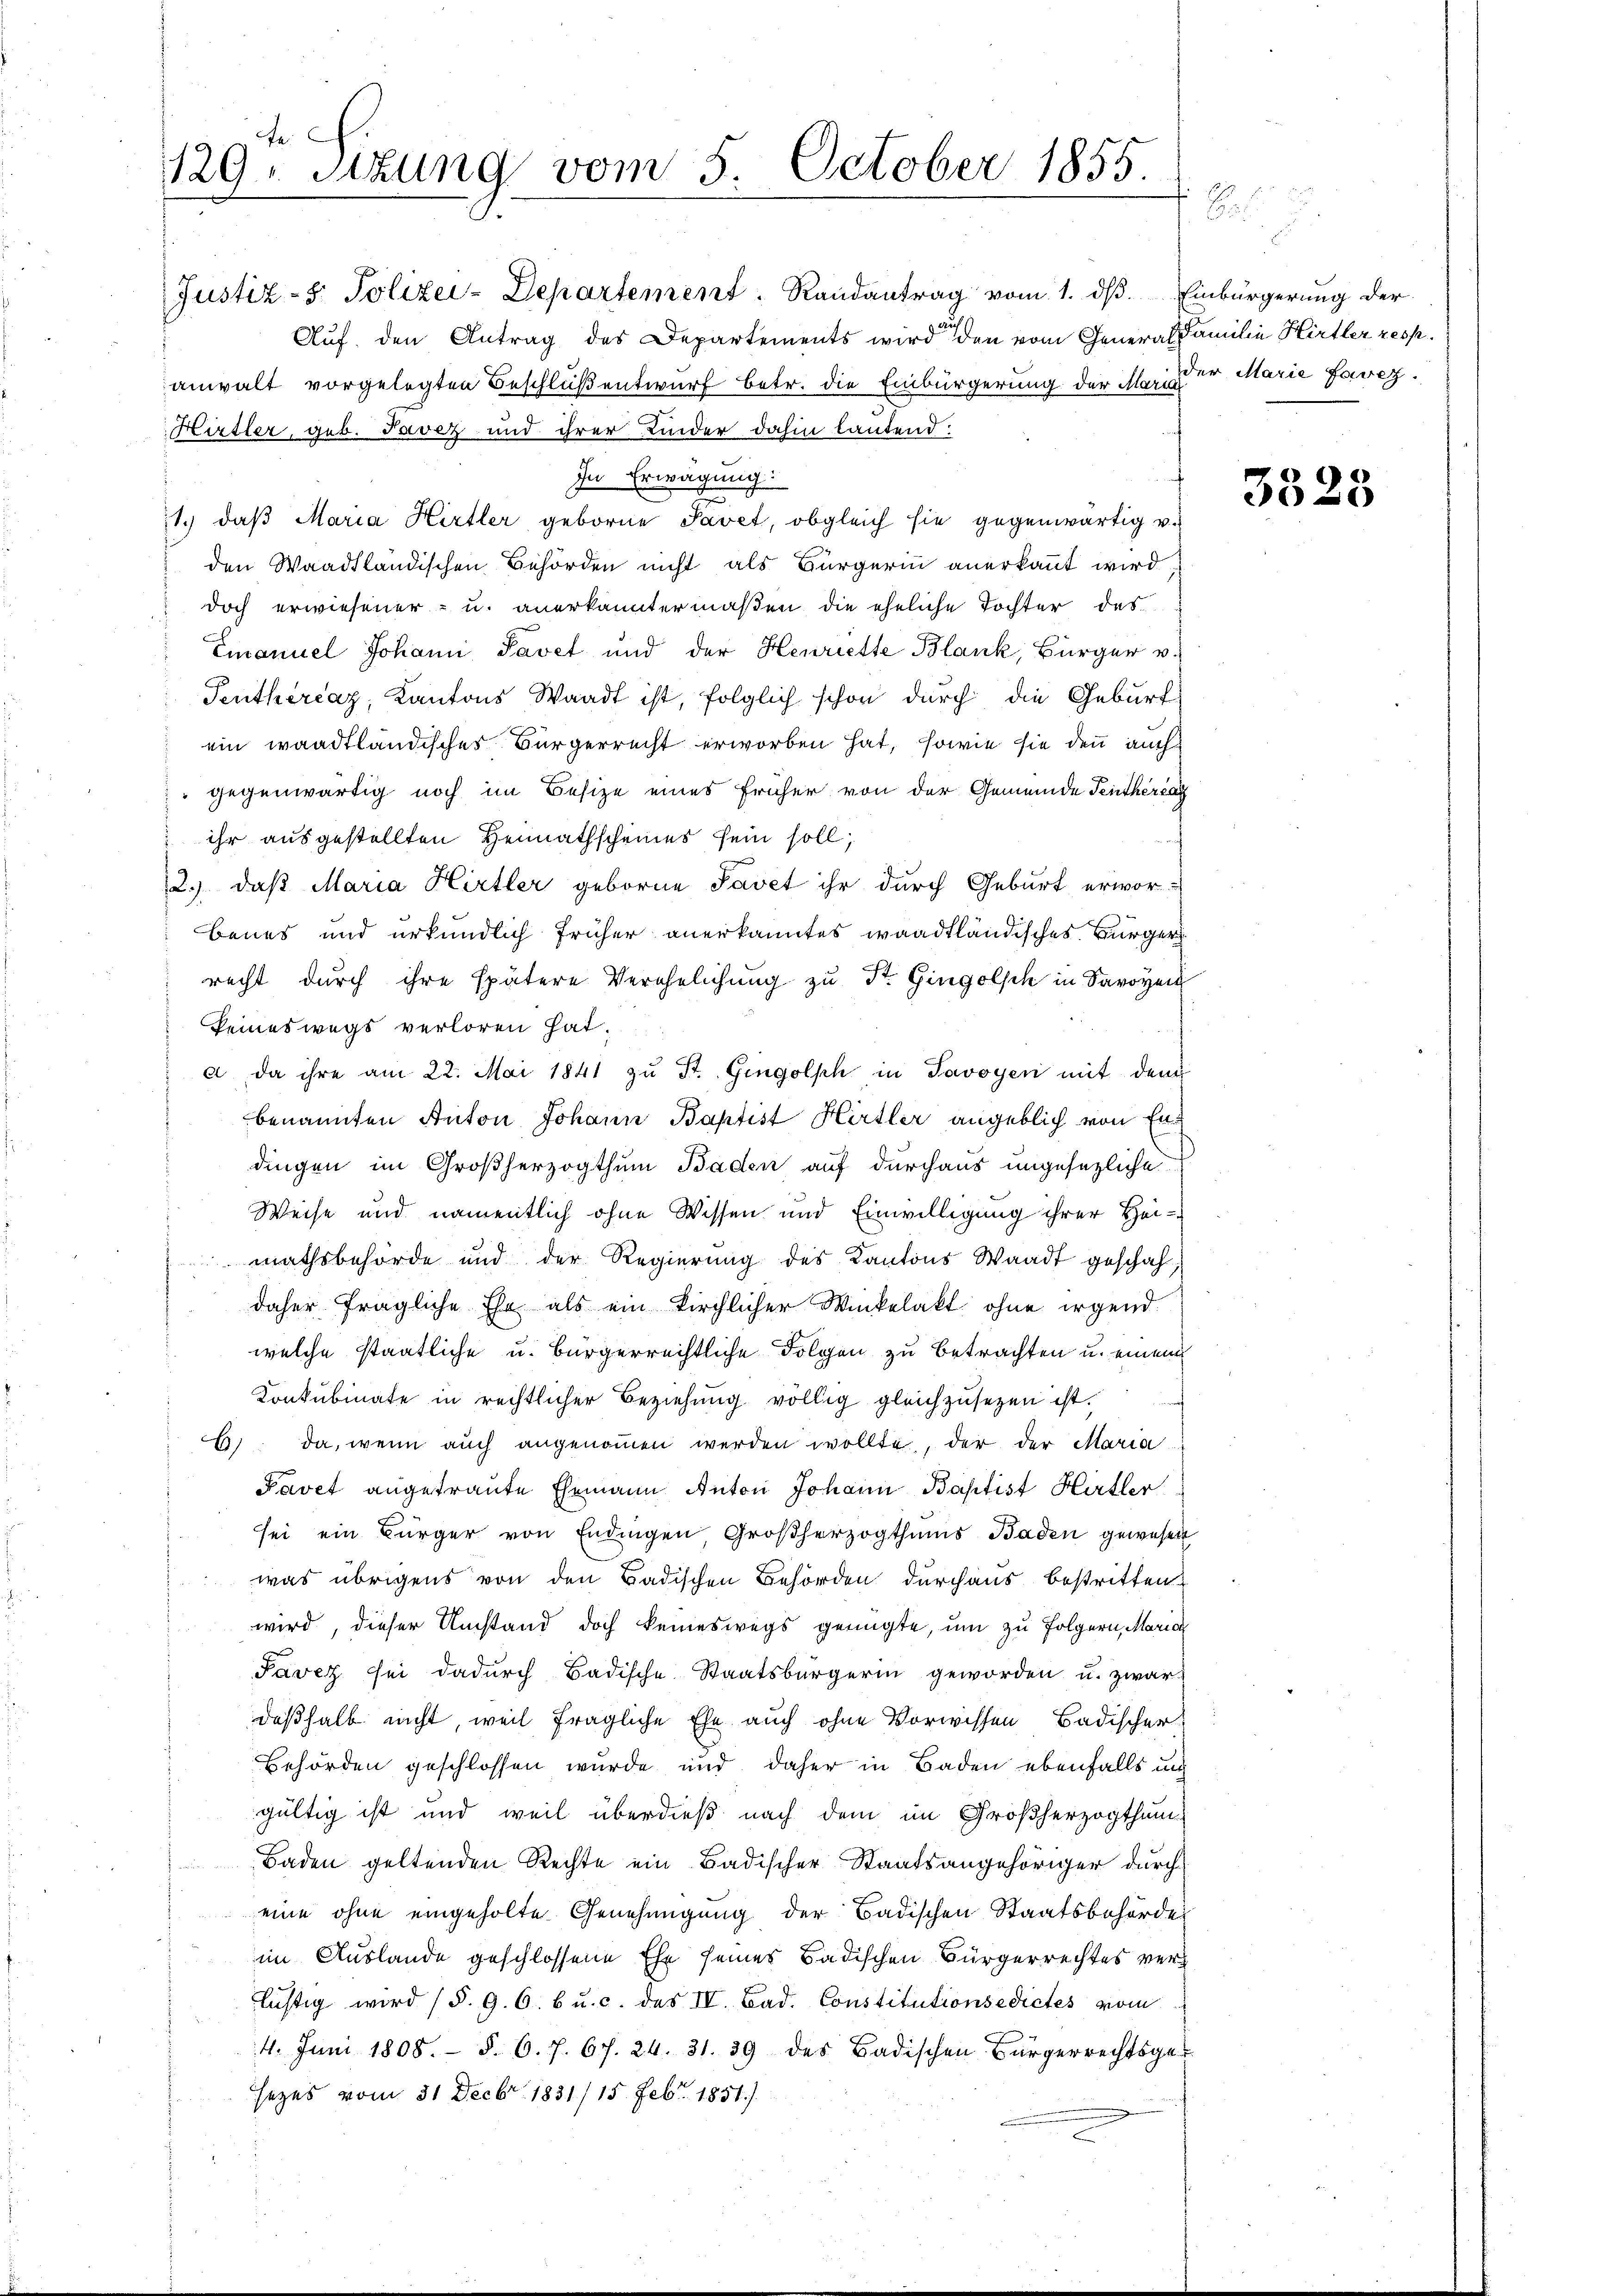
129. Sitzung vom 5. October 1855.
25
E

Justiz- & Polizei-Departement. Randantrag vom 1. dβ. Einbürgerung der
Auf den Antrag des Departements wird den vom General Familie Hirtler resp.
anwalt vorgelegten Beschluß entwurf betr. die Einbürgerung der ist der Marie Favez.
Hirtler, geb. Tavez und ihrer Kinder dahin lautend:
In Erwägung:
1.) daß Maria Hirtler geborne Pavet, obgleich sie gegenwärtig v.
den Waadtländischen Behörden nicht als Bürgerin anerkannt wird,
 doch erwiesener- u. anerkanntermaßen die eheliche Tochter des
Emanuel Johann Pavet und der Henriette Blank, Bürger v.
Penthercaz, Kantons Waadt ist, folglich schon durch die Geburt
ein waadtländisches Bürgerrecht erworben hat, sowie sie denn auch
 gegenwärtig noch im Besize eines früher von der Gemeinde Feitherzag
 ihr ausgestellten Heimathscheines sein soll;
2.) daß Maria Hirtler geborne Savet ihr durch Geburt erworbenes und urkundlich früher anerkanntes waadtländisches Bürger
recht durch ihre spätere Verehelichung zu St. Gingolsch in Savoyen
keineswegs verloren hat.
a da ihre am 22. Mai 1841 zŭ St. Gingolph in Savoyen mit dem
benannten Anton Johann Baptist Hirtler angeblich von Erdingen im Großherzogthum Baden auf durchaus ungesezliche
Weise und namentlich ohne Wissen und Einwilligung ihrer Heimathsbehörde und der Regierung des Kantons Waadt geschah,
daher fragliche Ehe als ein kirchlicher Winkelakt ohne irgend.
welche staatliche u. bürgerrechtliche Folgen zu betrachten u. einem
Konkubinate in rechtlicher Beziehung völlig gleichzusetzen ist.
6) da, wenn aŭch angenoṁen werden wollte, der der Maria
Pavet angetraute Ehemann Anton Johann Baptist Hirtler
sei ein Bürger von Endingen Großherzogthums Baden gewesen
was übrigens von den Badischen Behörden durchaus bestritten
wird, dieser Umstand doch keineswegs genügte, um zu folgern, Maria
Pavez sei dadurch Badische Staatsbürgerin geworden u. zwar
deßhalb nicht, weil fragliche Ehe auch ohne Vorwissen Badischer
Behörden geschlossen wurde und daher in Baden ebenfalls un
gültig ist und weil überdieß nach dem im Großherzogthum
Baden geltenden Rechte ein Badischer Staatsangehöriger durch
eine ohne eingeholte Genehmigung der Badischen Staatsbehörde
im Auslande geschlossene Ehe seines Badischen Bürgerrechtes verlistig wird (§. 9. 6. 6 u. c. des IV. Bad. Constitutionsedictes vom
4. Juni 1808. §. 6. f. 67. 24. 31. 39 des Badischen Bürgerrechtsge-
sezes vom 31. Decbr. 1831/15. Febr. 1851)

3523